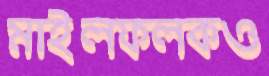
মাইলফলকও